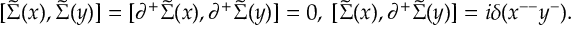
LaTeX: [ \tilde { \Sigma } ( x ) , \tilde { \Sigma } ( y ) ] = [ { \partial } ^ { + } \tilde { \Sigma } ( x ) , { \partial } ^ { + } \tilde { \Sigma } ( y ) ] = 0 , \; [ \tilde { \Sigma } ( x ) , { \partial } ^ { + } \tilde { \Sigma } ( y ) ] = i { \delta } ( x ^ { -- } y ^ { - } ) .